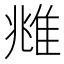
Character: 𨾾